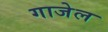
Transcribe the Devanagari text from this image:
गाजेल